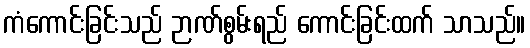
ကံကောင်းခြင်းသည် ဉာဏ်စွမ်းရည် ကောင်းခြင်းထက် သာသည်။